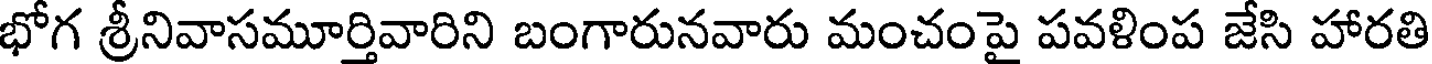
భోగ శ్రీనివాసమూర్తివారిని బంగారునవారు మంచంపై పవళింప జేసి హారతి